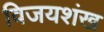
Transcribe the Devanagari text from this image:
विजयशंख